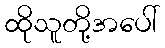
ထိုသူတို့အပေါ်